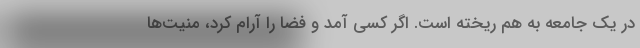
در یک جامعه به هم ریخته است. اگر کسی آمد و فضا را آرام کرد، منیّت‌ها